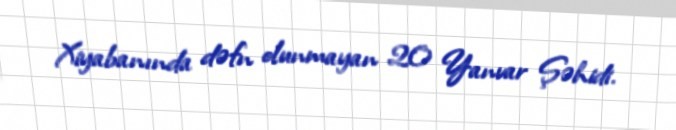
Xiyabanında dəfn olunmayan 20 Yanvar Şəhidi.